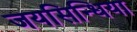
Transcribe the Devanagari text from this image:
जयसिन्धिया